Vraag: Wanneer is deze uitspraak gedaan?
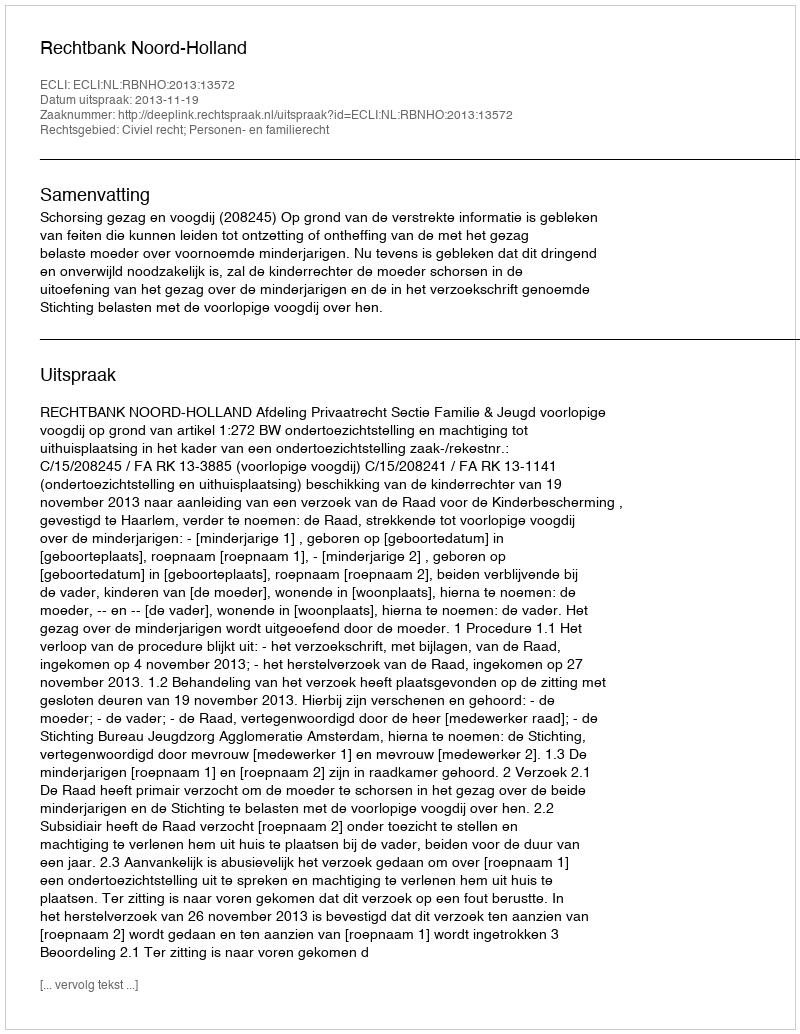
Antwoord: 2013-11-19